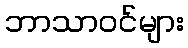
ဘာသာဝင်များ